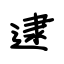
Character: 逮